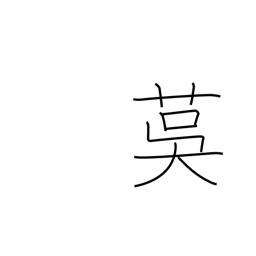
Meaning: matting